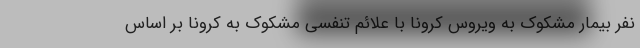
نفر بیمار مشکوک به ویروس کرونا با علائم تنفسی مشکوک به کرونا بر اساس